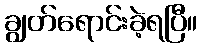
ချွတ်ရောင်းခဲ့ရပြီ။